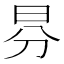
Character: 𣌥